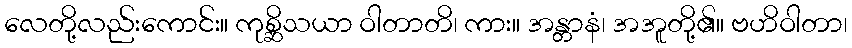
လေတို့လည်းကောင်း။ ကုစ္ဆိသယာ ဝါတာတိ၊ ကား။ အန္တာနံ၊ အအူတို့၏။ ဗဟိဝါတာ၊